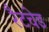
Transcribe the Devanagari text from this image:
रैटचेड